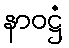
နာဝဋ္ဌံ